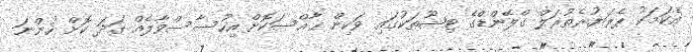
އެކަމަކު ޕެރަޔުރެތުރަލް ގްލޭންޑްގެ ޓިޝޫތަކުގައި ވަކިން ޚާއްސަކޮށް އިހުސާސްވާލެއް ގަދަ ކޮށް ހުންނަ